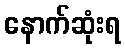
နောက်ဆုံးရ